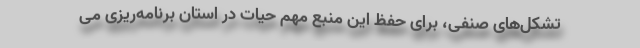
تشکل‌های صنفی، برای حفظ این منبع مهم حیات در استان برنامه‌ریزی می